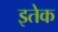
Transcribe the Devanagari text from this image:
इतेक